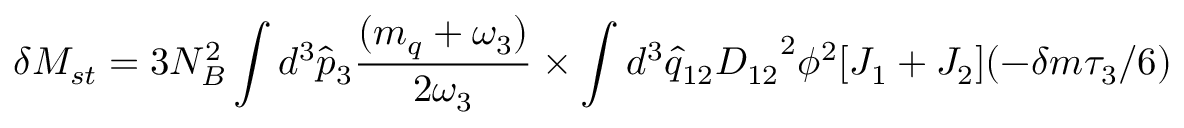
\delta M _ { s t } = 3 N _ { B } ^ { 2 } \int d ^ { 3 } { \hat { p } } _ { 3 } { \frac { ( m _ { q } + \omega _ { 3 } ) } { 2 \omega _ { 3 } } } \times \int d ^ { 3 } { \hat { q } } _ { 1 2 } { D _ { 1 2 } } ^ { 2 } \phi ^ { 2 } [ J _ { 1 } + J _ { 2 } ] ( - \delta m \tau _ { 3 } / 6 )